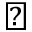
\bigstar